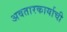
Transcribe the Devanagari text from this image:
अवतारकार्याची